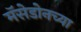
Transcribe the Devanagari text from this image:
मॅसेडोनच्या